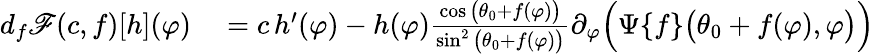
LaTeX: \begin{array}{rl}{d_{f}\mathscr{F}(c,f)[h](\varphi)}&{{}=c\, h^{\prime}(\varphi)-h(\varphi)\frac{\cos\big(\theta_{0}+f(\varphi)\big)}{\sin^{2}\big(\theta_{0}+f(\varphi)\big)}\partial_{\varphi}\Big(\Psi\{ f\} \big(\theta_{0}+f(\varphi),\varphi\big)\Big)}\end{array}